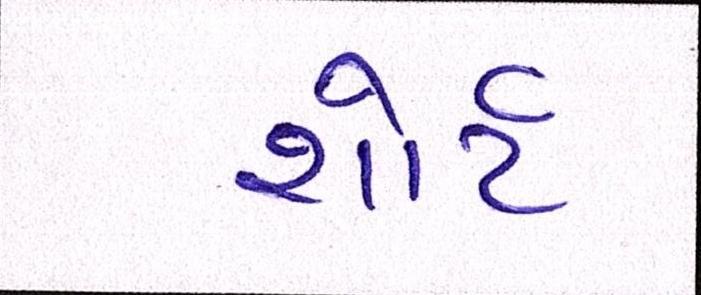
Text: શોર્ટ